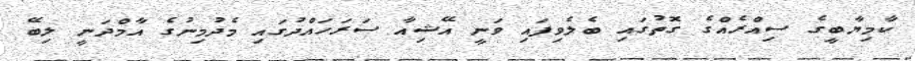
ކާމިޔާބީގެ ސިއްރެއްގެ ގޮތުގައި ބެލެވިފައި ވަނީ އޭޝިއާ ސަރަހައްދުގައި މެދުމިނުގެ އާމްދަނީ ލިބޭ